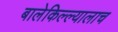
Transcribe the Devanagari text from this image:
बालेकिल्ल्यालाच